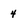
Character: 4